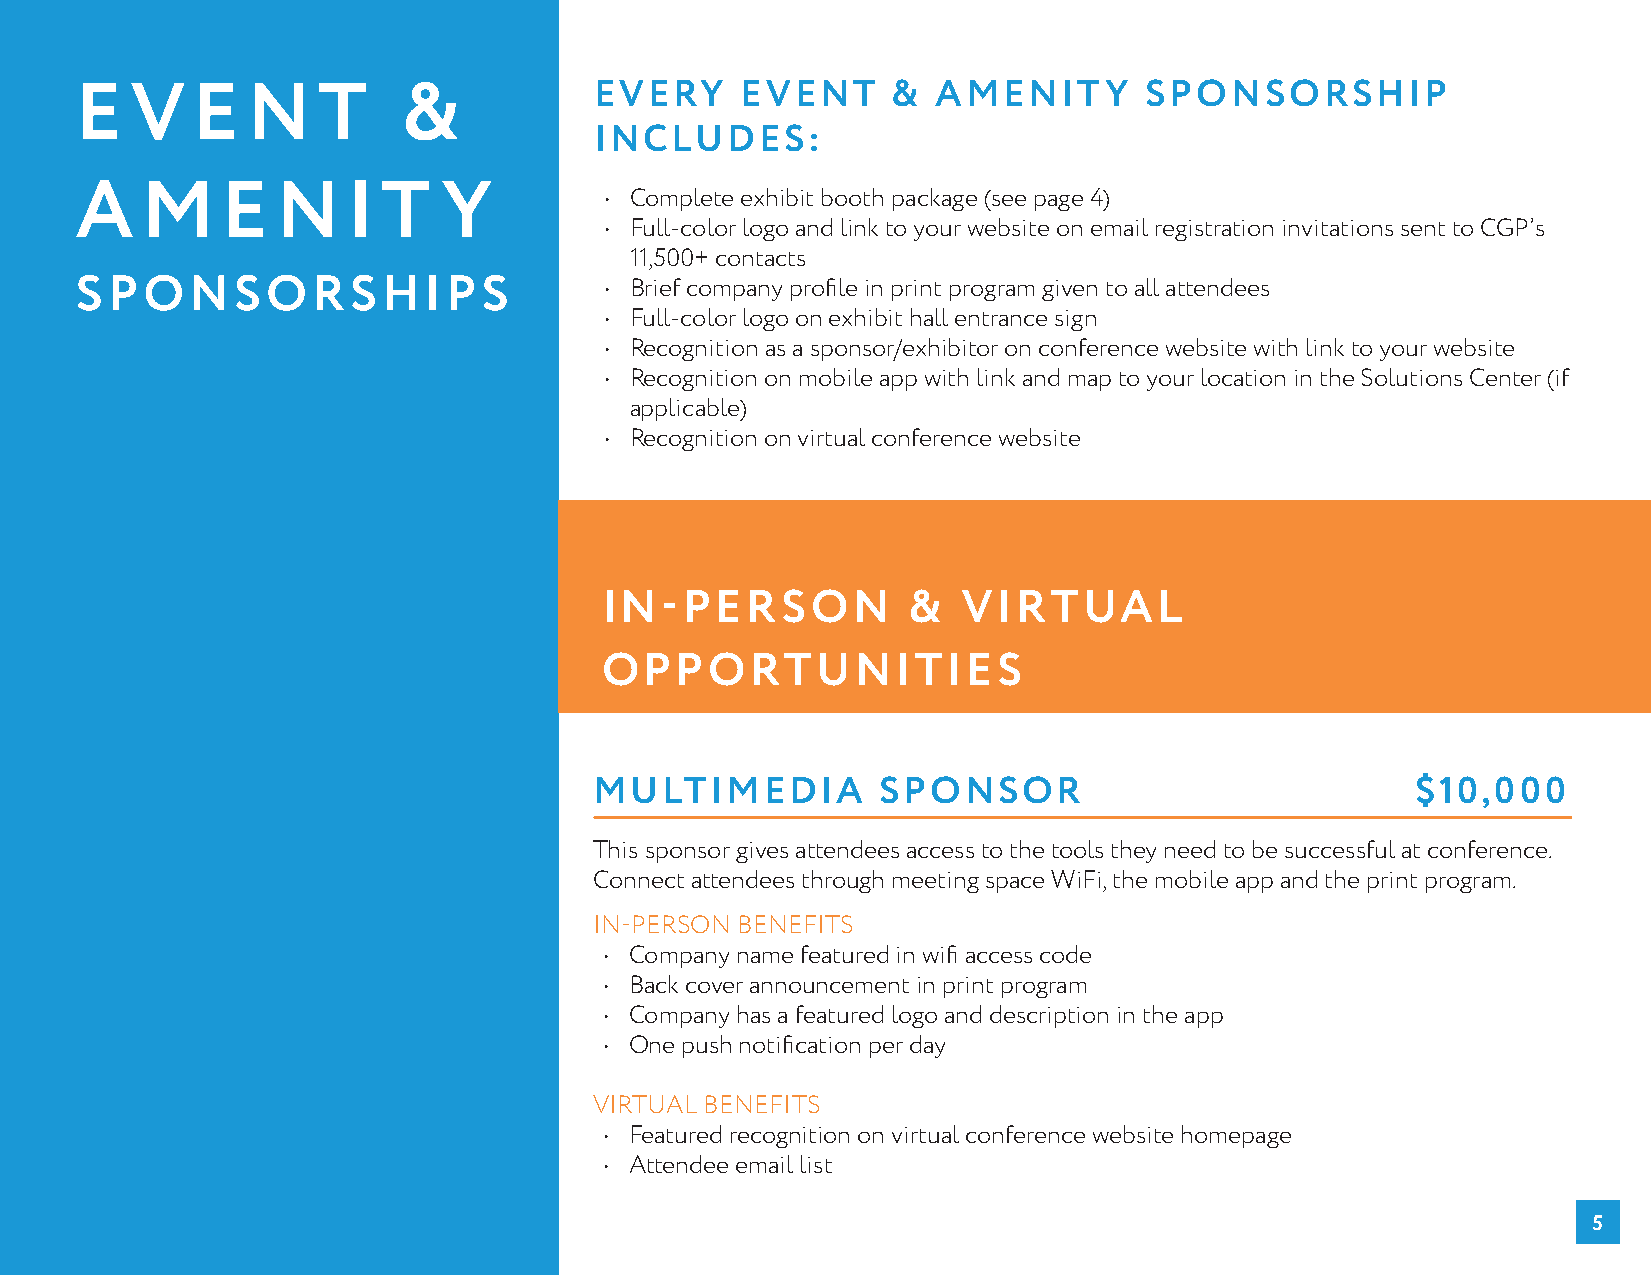
EVERY     EVENT     &  AMENITY       SPONSORSHIP
 E   V   E  N    T     &
 INCLUDES:
 A   M     E  N    I T   Y          • Complete exhibit booth package (see page 4)
 • Full-color logo and link to your website on email registration invitations sent to CGP’s
 11,500+ contacts
 SPONSORSHIPS                       • Brief company profile in print program given to all attendees
 • Full-color logo on exhibit hall entrance sign
 • Recognition as a sponsor/exhibitor on conference website with link to your website
 • Recognition on mobile app with link and map to your location in the Solutions Center (if
 applicable)
 • Recognition on virtual conference website
 IN-PERSON           &   VIRTUAL
 OPPORTUNITIES
 MULTIMEDIA         SPONSOR                             $10,000
 This sponsor gives attendees access to the tools they need to be successful at conference.
 Connect attendees through meeting space WiFi, the mobile app and the print program.
 IN-PERSON BENEFITS
 • Company name featured in wifi access code
 • Back cover announcement in print program
 • Company has a featured logo and description in the app
 • One push notification per day
 VIRTUAL BENEFITS
 • Featured recognition on virtual conference website homepage
 • Attendee email list
 5